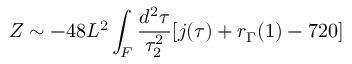
Z \sim - 4 8 L ^ { 2 } \int _ { \cal F } \frac { d ^ { 2 } \tau } { \tau _ { 2 } ^ { 2 } } [ j ( \tau ) + r _ { \Gamma } ( 1 ) - 7 2 0 ]